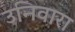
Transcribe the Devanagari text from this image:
उनिवारा